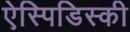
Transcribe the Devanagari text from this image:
ऐस्पिडिस्की